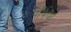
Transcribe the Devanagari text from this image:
पर्षिया